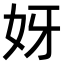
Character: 𫰎